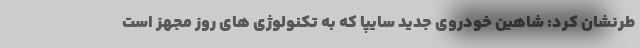
طرنشان كرد: شاهین خودروي جديد سايپا كه به تكنولوژي هاي روز مجهز است